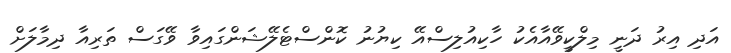
އަދި އިރު ދަނީ މިލްކީވޭއާއެކު ހާކިއުލިސްއޭ ކިޔުނު ކޮންސްޓެލޭޝަންގައިވާ ވޭގަސް ތަރިއާ ދިމާލަށް